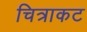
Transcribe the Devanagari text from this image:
चित्राकट